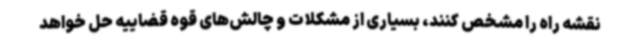
نقشه راه را مشخص کنند، بسیاری از مشکلات و چالش‌های قوه قضاییه حل خواهد